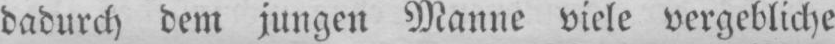
dadurch dem jungen Manne viele vergebliche